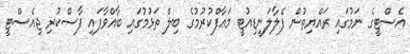
އެސްޓީގެ ނަމުގައި ރައްޔިތުން ފެލާލަނީޑިއުޓީ މަޢާފްކުރުމުގެ ބިލް ތަޅުމުގައި ބާއްވާފައި ފާސްކުރި ޖިއެސްޓީ